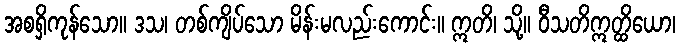
အစရှိကုန်သော။ ဒသ၊ တစ်ကျိပ်သော မိန်းမလည်းကောင်း။ ဣတိ၊ သို့။ ဝီသတိဣတ္ထိယော၊